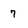
Character: 7